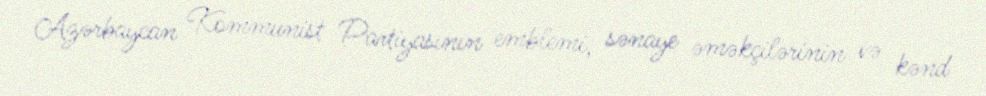
Azərbaycan Kommunist Partiyasının emblemi, sənaye əməkçilərinin və kənd